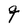
Character: g